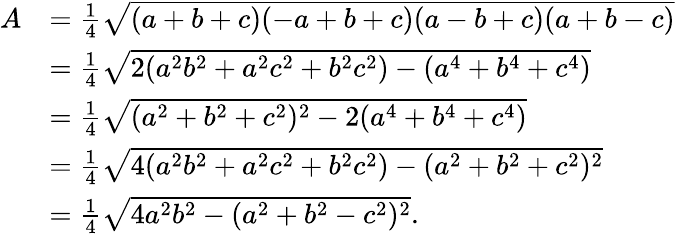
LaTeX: {\begin{array}{rl}{A}&{={\frac{1}{4}}{\sqrt{(a+b+c)(-a+b+c)(a-b+c)(a+b-c)}}}\\ &{={\frac{1}{4}}{\sqrt{2(a^{2}b^{2}+a^{2}c^{2}+b^{2}c^{2})-(a^{4}+b^{4}+c^{4})}}}\\ &{={\frac{1}{4}}{\sqrt{(a^{2}+b^{2}+c^{2})^{2}-2(a^{4}+b^{4}+c^{4})}}}\\ &{={\frac{1}{4}}{\sqrt{4(a^{2}b^{2}+a^{2}c^{2}+b^{2}c^{2})-(a^{2}+b^{2}+c^{2})^{2}}}}\\ &{={\frac{1}{4}}{\sqrt{4a^{2}b^{2}-(a^{2}+b^{2}-c^{2})^{2}}}.}\end{array}}